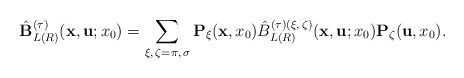
\begin{align*}\hat{\bf B}_{L (R)}^{(\tau)} ({\bf x}, {\bf u}; x_0) = \sum_{\xi, \, \zeta = \pi, \, \sigma} {\bf P}_\xi ({\bf x}, x_0) \hat{B}_{L (R)}^{(\tau) ( \xi, \, \zeta )} ({\bf x}, {\bf u}; x_0) {\bf P}_\zeta ({\bf u}, x_0) .\end{align*}